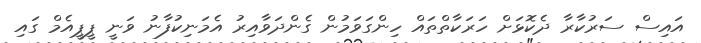
އައިސް ސަރުކާރާ ދެކޮޅަށް ހަރަކާތްތައް ހިންގަވަމުން ގެންދަވާއިރު އެމަނިކުފާނު ވަނީ ޕީޕީއެމް ގައި